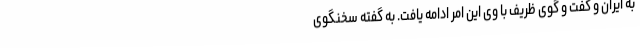
به ایران و گفت و گوی ظریف با وی این امر ادامه یافت. به گفته سخنگوی